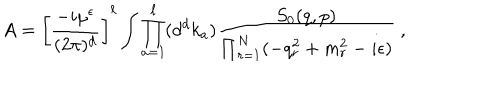
LaTeX: A = \left[ { \frac { - i \mu ^ { \epsilon } } { ( 2 \pi ) ^ { d } } } \right] ^ { \ell } \int \prod _ { a = 1 } ^ { \ell } ( d ^ { d } k _ { a } ) { \frac { S _ { 0 } ( q , p ) } { \prod _ { r = 1 } ^ { N } ( - q _ { r } ^ { 2 } + m _ { r } ^ { 2 } - i \epsilon ) } } \ ,